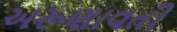
અરૂણાવતી